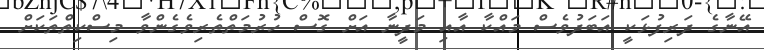
އޭނާގެ ދަރިފުޅަކީ އަބަދުވެސް މައްކާ އާއި މަދީނާ އަށް ގޮސް ހުރުމަތްތެރިވެގެންވާ މިސްކިތްތަކަށް